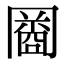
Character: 𠕬